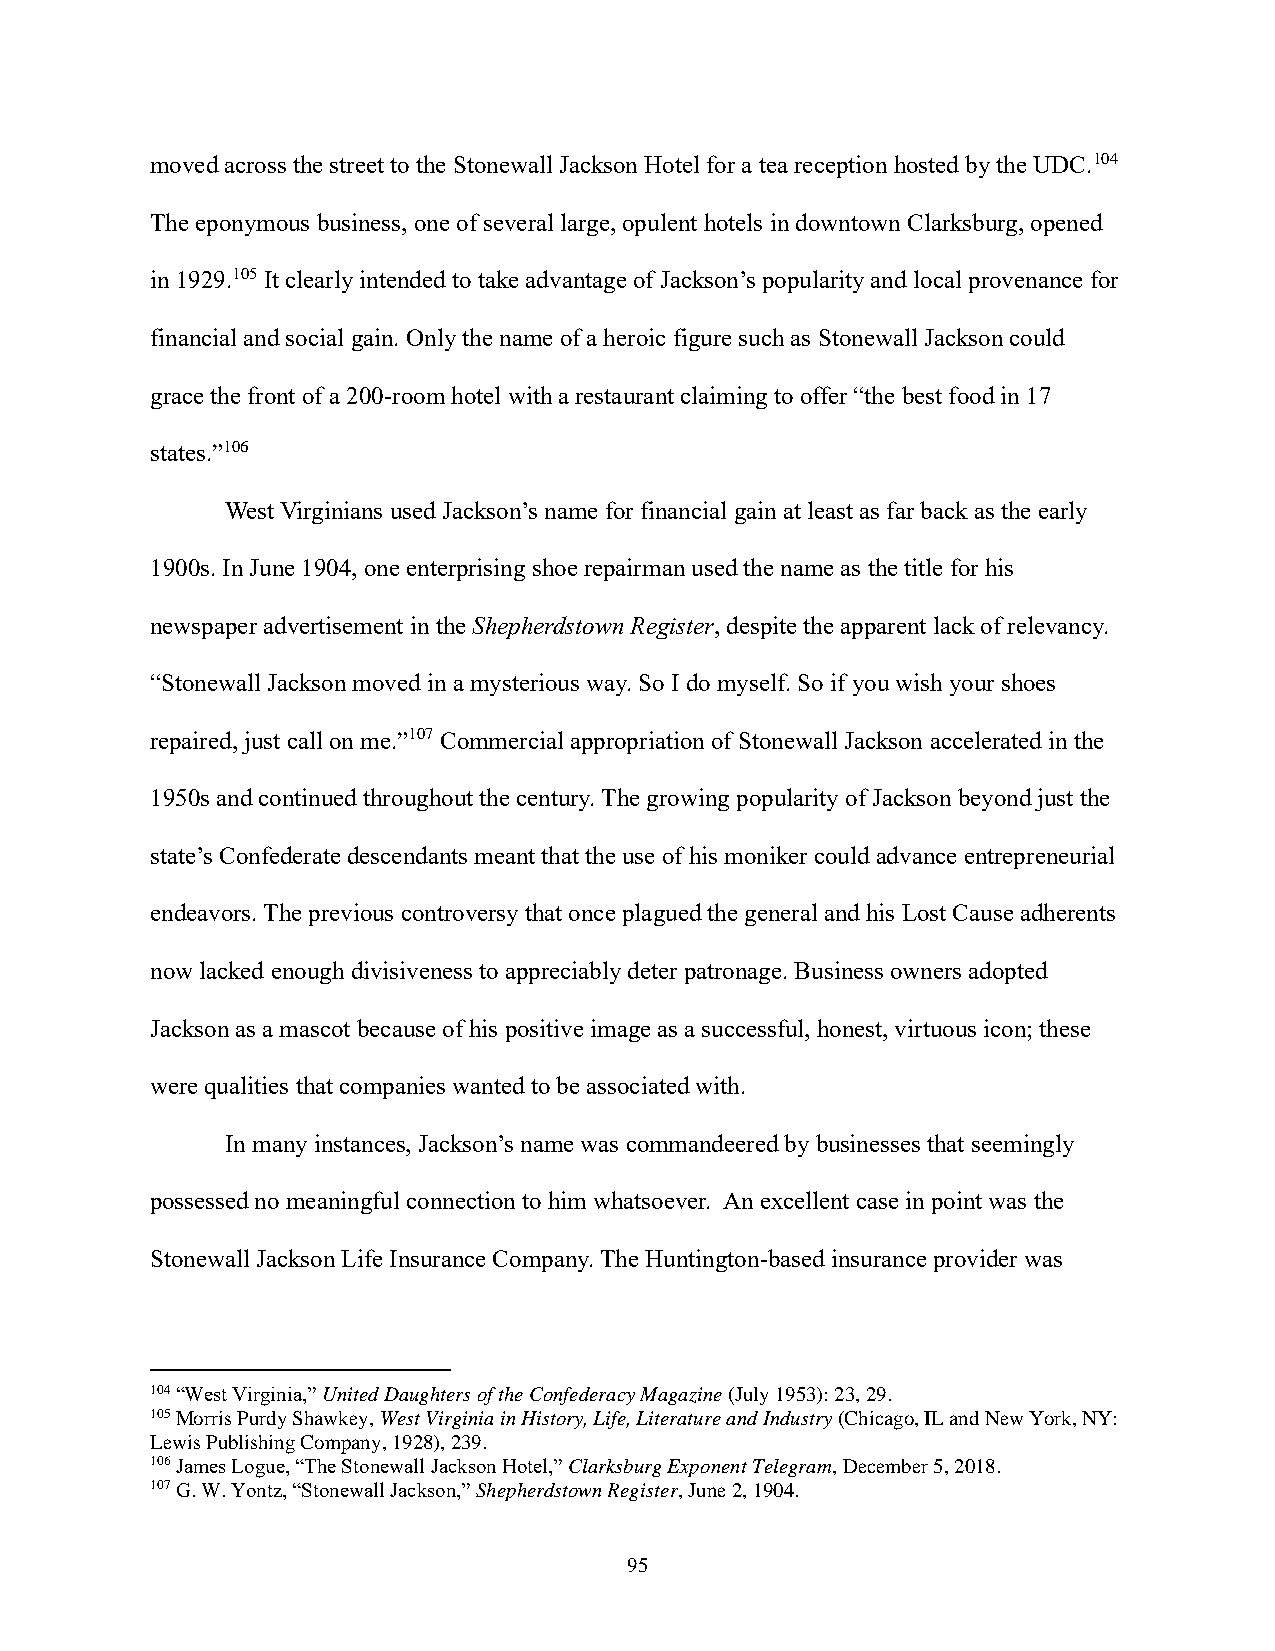
moved across the street to the Stonewall Jackson Hotel for a tea reception hosted by the UDC.104
 The eponymous business, one of several large, opulent hotels in downtown Clarksburg, opened
 in 1929.105 It clearly intended to take advantage of Jackson’s popularity and local provenance for
 financial and social gain. Only the name of a heroic figure such as Stonewall Jackson could
 grace the front of a 200-room hotel with a restaurant claiming to offer “the best food in 17
 states.”106
 West Virginians used Jackson’s name for financial gain at least as far back as the early
 1900s. In June 1904, one enterprising shoe repairman used the name as the title for his
 newspaper advertisement in the Shepherdstown Register, despite the apparent lack of relevancy.
 “Stonewall Jackson moved in a mysterious way. So I do myself. So if you wish your shoes
 repaired, just call on me.”107 Commercial appropriation of Stonewall Jackson accelerated in the
 1950s and continued throughout the century. The growing popularity of Jackson beyond just the
 state’s Confederate descendants meant that the use of his moniker could advance entrepreneurial
 endeavors. The previous controversy that once plagued the general and his Lost Cause adherents
 now lacked enough divisiveness to appreciably deter patronage. Business owners adopted
 Jackson as a mascot because of his positive image as a successful, honest, virtuous icon; these
 were qualities that companies wanted to be associated with.
 In many instances, Jackson’s name was commandeered by businesses that seemingly
 possessed no meaningful connection to him whatsoever. An excellent case in point was the
 Stonewall Jackson Life Insurance Company. The Huntington-based insurance provider was
 104 “West Virginia,” United Daughters of the Confederacy Magazine (July 1953): 23, 29.
 105 Morris Purdy Shawkey, West Virginia in History, Life, Literature and Industry (Chicago, IL and New York, NY:
 Lewis Publishing Company, 1928), 239.
 106 James Logue, “The Stonewall Jackson Hotel,” Clarksburg Exponent Telegram, December 5, 2018.
 107 G. W. Yontz, “Stonewall Jackson,” Shepherdstown Register, June 2, 1904.
 95